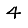
Digit: 4